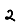
Digit: 2